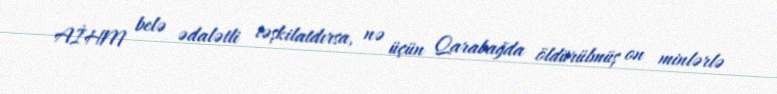
AİHM belə ədalətli təşkilatdırsa, nə üçün Qarabağda öldürülmüş on minlərlə